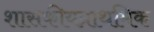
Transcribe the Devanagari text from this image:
शासकीयप्राथमिक